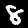
Label: 8